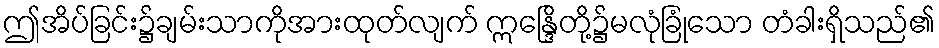
ဤအိပ်ခြင်း၌ချမ်းသာကိုအားထုတ်လျက် ဣန္ဒြေိတို့၌မလုံခြုံသော တံခါးရှိသည်၏